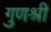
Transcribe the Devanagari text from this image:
गुणश्री